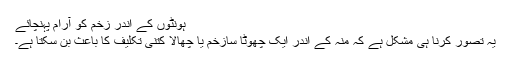
ہونٹوں کے اندر زخم کو آرام پہنچائے
یہ تصور کرنا ہی مشکل ہے کہ منہ کے اندر ایک چھوٹا سازخم یا چھالا کتنی تکلیف کا باعث بن سکتا ہے۔